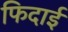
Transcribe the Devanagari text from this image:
फिदाई